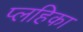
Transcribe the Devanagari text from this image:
प्लहिका